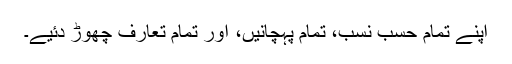
اپنے تمام حسب نسب، تمام پہچانیں، اور تمام تعارف چھوڑ دئیے۔